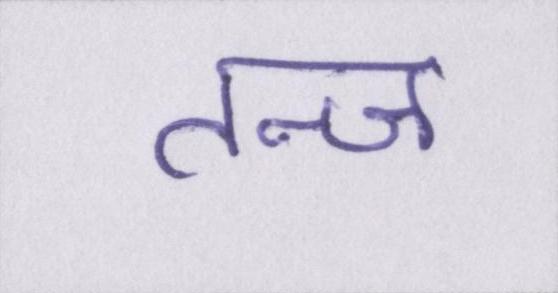
तन्ज